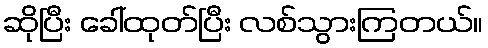
ဆိုပြီး ခေါ်ထုတ်ပြီး လစ်သွားကြတယ်။